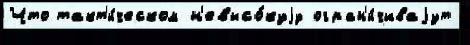
Что такт'и́ческом н'евысо́куjу огран'и́чиваjут